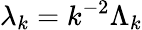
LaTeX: \lambda_{k}=k^{-2}\Lambda_{k}